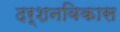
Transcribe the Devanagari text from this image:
दर्शनविकास